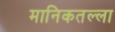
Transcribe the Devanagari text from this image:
मानिकतल्ला